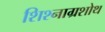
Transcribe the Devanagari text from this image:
शिश्नाग्रशोथ